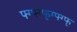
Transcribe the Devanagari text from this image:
फ्ग्फ्ग्फ्ग्फ्ग्फ्